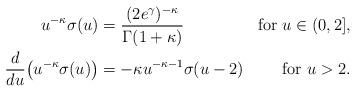
LaTeX: \begin{align*}\begin{aligned}u^{-\kappa}\sigma(u)&=\frac{(2e^\gamma)^{-\kappa}}{\Gamma(1+\kappa)}&\mbox{for }u\in(0,2],\\\frac{d}{du}\bigl(u^{-\kappa}\sigma(u)\bigr)&=-\kappa u^{-\kappa-1}\sigma(u-2)&\mbox{for }u>2.\end{aligned}\end{align*}